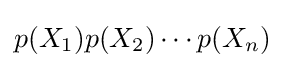
p(X_{1})p(X_{2})\cdots p(X_{n})